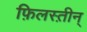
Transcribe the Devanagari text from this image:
फ़िलस्त़ीन्